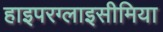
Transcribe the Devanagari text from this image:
हाइपरग्लाइसीमिया